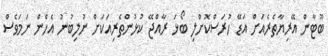
ބޫޓާން އޭރިޔާތެރެއަށް އަޑޭ ހުރަސްކޮށްލި ބޯޅަ ރާއްޖޭ ކުޅުންތެރިއަކަށް ނުލިބުނު އެހެން ނަމަވެސް